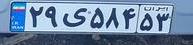
۲۹ی۵۸۴۵۳